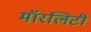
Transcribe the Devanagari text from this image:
मॉरलिटी